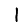
Digit: 1